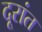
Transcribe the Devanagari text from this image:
दूरांत